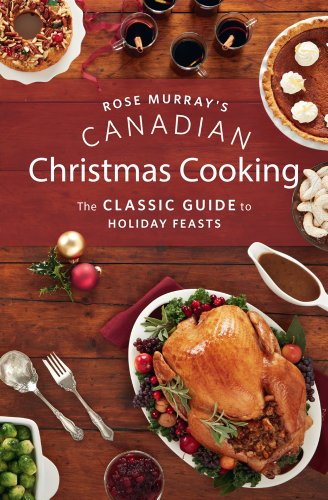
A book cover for Rose Murray's Canadian Christmas Cooking: The Classic Guide to Holiday Feasts; Rose Murray; Cookbooks, Food & Wine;